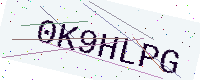
Text: 0K9HLPG